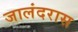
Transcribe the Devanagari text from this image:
जालंदरास